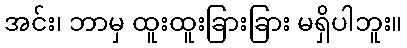
အင်း၊ ဘာမှ ထူးထူးခြားခြား မရှိပါဘူး။